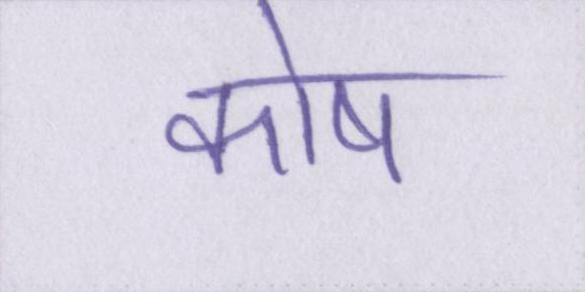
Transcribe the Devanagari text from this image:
कोष